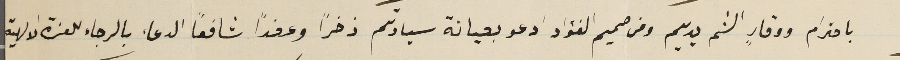
باحترام ووقارٍ الثم يديكم ومن صميم الفؤاد ادعو بعيانة سيادتم ذخراً وعضداً شافعًا الدعاء بالرجاء للعزة الالهية